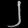
Digit: ၂